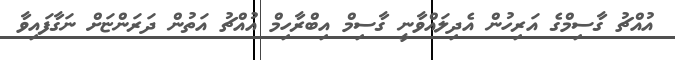
އުއްޗު ގާސިމްގެ އަރިހުން އެދިލައްވާނީ ގާސިމް އިބްރާހިމް އުއްޗު އަތުން ދަރަންޏަށް ނަގާފައިވާ